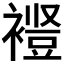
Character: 𫌋